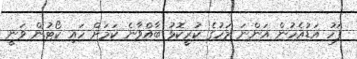
ފަހު އަޑުއެހުން އަންނަ މަހުގެ ކުރީކޮޅު ބާއްވާނެ ކަމަށް ހައި ކޯޓުން ވަނީ